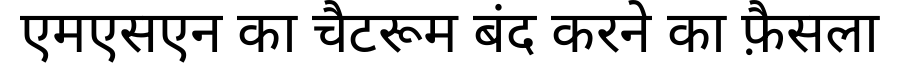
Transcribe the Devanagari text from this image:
एमएसएन का चैटरूम बंद करने का फ़ैसला